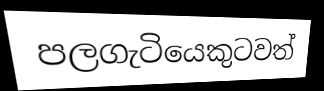
පලගැටියෙකුටවත්